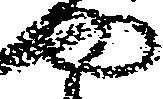
や